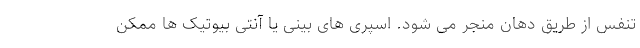
تنفس از طریق دهان منجر می شود. اسپری های بینی یا آنتی بیوتیک ها ممکن